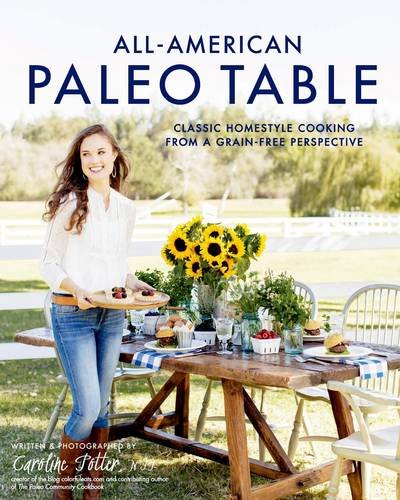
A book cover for All-American Paleo Table: Classic Homestyle Cooking from a Grain-Free Perspective; Caroline Potter; Cookbooks, Food & Wine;